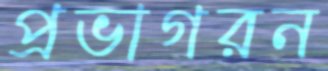
প্রভাগরন